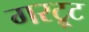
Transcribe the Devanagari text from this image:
गरट्रूट